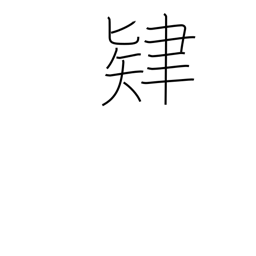
Meaning: effort